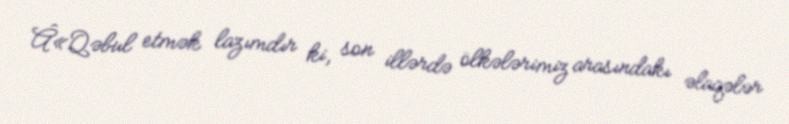
Â«Qəbul etmək lazımdır ki, son illərdə ölkələrimiz arasındakı əlaqələr